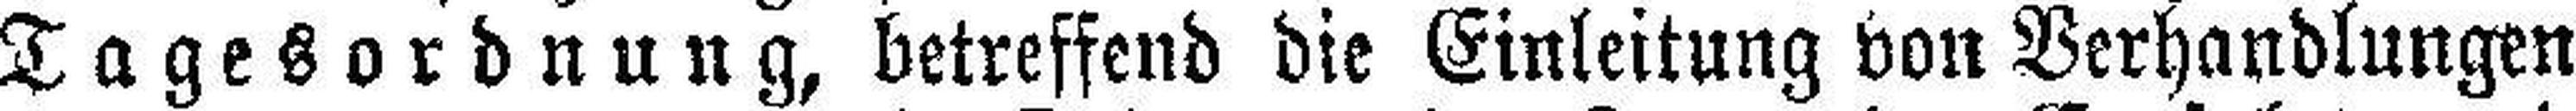
Tagesordnung, betreffend die Einleitung von Verhandlungen